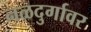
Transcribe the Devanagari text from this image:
नळदुर्गावर